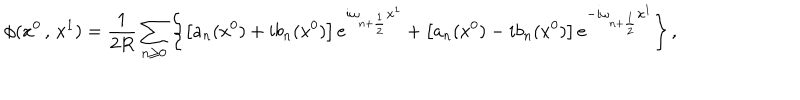
LaTeX: \phi ( x ^ { 0 } \, , \, x ^ { 1 } ) = \frac { 1 } { 2 R } \sum _ { n \geq 0 } \left\{ \left[ a _ { n } ( x ^ { 0 } ) + i b _ { n } ( x ^ { 0 } ) \right] e ^ { i \omega _ { n + \frac { 1 } { 2 } } x ^ { 1 } } + \left[ a _ { n } ( x ^ { 0 } ) - i b _ { n } ( x ^ { 0 } ) \right] e ^ { - i \omega _ { n + \frac { 1 } { 2 } } x ^ { 1 } } \right\} ,